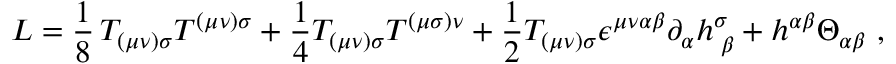
L = \frac { 1 } { 8 } \, T _ { ( \mu \nu ) \sigma } T ^ { ( \mu \nu ) \sigma } + \frac { 1 } { 4 } T _ { ( \mu \nu ) \sigma } T ^ { ( \mu \sigma ) \nu } + \frac { 1 } { 2 } T _ { ( \mu \nu ) \sigma } \epsilon ^ { \mu \nu \alpha \beta } \partial _ { \alpha } h _ { \; \beta } ^ { \sigma } + h ^ { \alpha \beta } \Theta _ { \alpha \beta } \ ,